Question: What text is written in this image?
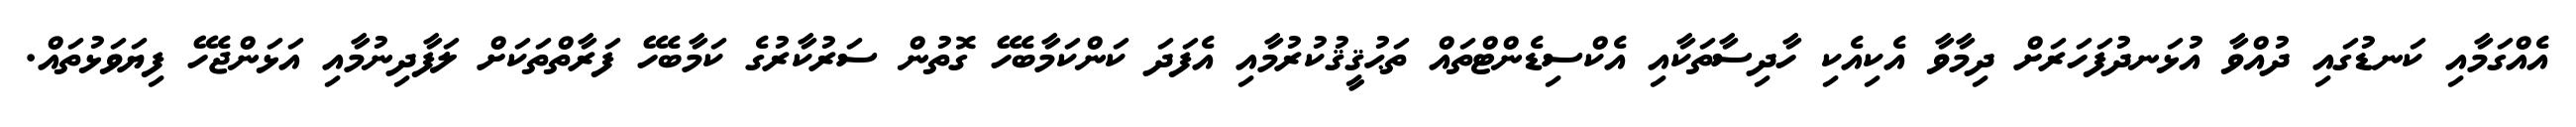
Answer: އެއްގަމާއި ކަނޑުގައި ދުއްވާ އުޅަނދުފަހަރަށް ދިމާވާ އެކިއެކި ހާދިސާތަކާއި އެކްސިޑެންޓްތައް ތަޙުޤީޤުކުރުމާއި އެފަދަ ކަންކަމާބެހޭ ގޮތުން ސަރުކާރުގެ ކަމާބެހޭ ފަރާތްތަކަށް ލަފާދިނުމާއި އަޅަންޖެހޭ ފިޔަވަޅުތައް.